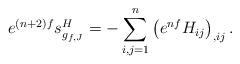
LaTeX: \begin{align*}e^{(n+2)f}{s}^H_{g_{f,J}}=-\sum_{i,j=1}^n\left(e^{nf}H_{ij}\right)_{,ij}.\end{align*}